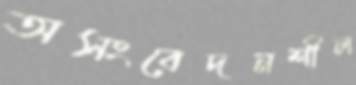
অসংবেদনশীল